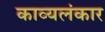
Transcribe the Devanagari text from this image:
काव्यलंकार